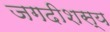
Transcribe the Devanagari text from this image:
जगदीशस्य